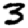
Digit: 3